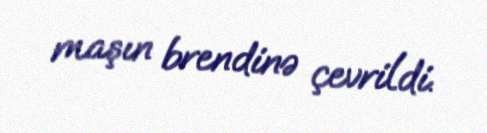
maşın brendinə çevrildi.